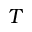
T